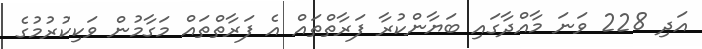
އަދި 228 ވަނަ މާއްދާގައި ބަޔާންކުރާ ފަރާތްތައް އެ ފަރާތްތައް މަގާމުން ވަކިކުރުމުގެ